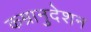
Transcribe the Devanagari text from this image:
कम्रानुदेशन